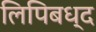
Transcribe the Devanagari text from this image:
लिपिबध्द